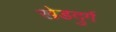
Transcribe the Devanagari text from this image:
खेडदुर्ग